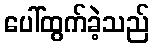
ပေါ်ထွက်ခဲ့သည်